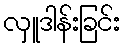
လှူဒါန်းခြင်း